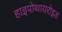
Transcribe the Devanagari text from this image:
हाइपोथायरोइड